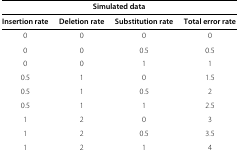
| <COLSPAN=4> Simulated data |
 | --- | --- | --- | --- |
 | Insertion rate | Deletion rate | Substitution rate | Total error rate |
 | 0 | 0 | 0 | 0 |
 | 0 | 0 | 0.5 | 0.5 |
 | 0 | 0 | 1 | 1 |
 | 0.5 | 1 | 0 | 1.5 |
 | 0.5 | 1 | 0.5 | 2 |
 | 0.5 | 1 | 1 | 2.5 |
 | 1 | 2 | 0 | 3 |
 | 1 | 2 | 0.5 | 3.5 |
 | 1 | 2 | 1 | 4 |